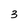
Character: 3